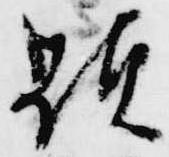
顕